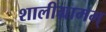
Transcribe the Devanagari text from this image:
शालीग्रामम्